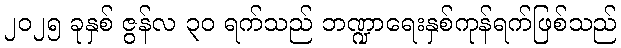
၂၀၂၅ ခုနှစ် ဇွန်လ ၃၀ ရက်သည် ဘဏ္ဍာရေးနှစ်ကုန်ရက်ဖြစ်သည်